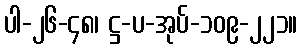
ပါ-၂၆-၄၈၊ ဋ္ဌ-ပ-အုပ်-၁၀၉-၂၂၁။